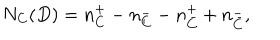
LaTeX: N _ { C } ( D ) = n _ { C } ^ { + } - n _ { C } ^ { - } - n _ { \bar { C } } ^ { + } + n _ { \bar { C } } ^ { - } ,